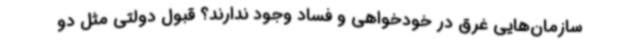
سازمان‌هایی غرق در خودخواهی و فساد وجود ندارند؟ قبول دولتی مثل دو